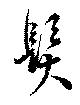
髪